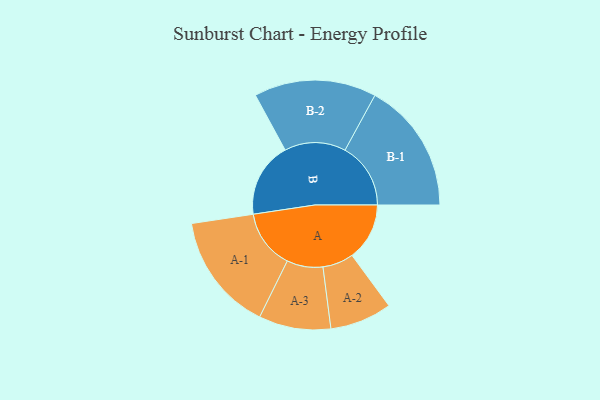
{"axis": {"x": "Segment", "y": "Value"}, "legend": ["", "A", "B"], "data": [{"x": "A", "y": 217, "type": ""}, {"x": "B", "y": 283, "type": ""}, {"x": "A-1", "y": 223, "type": "A"}, {"x": "A-2", "y": 117, "type": "A"}, {"x": "A-3", "y": 136, "type": "A"}, {"x": "B-1", "y": 248, "type": "B"}, {"x": "B-2", "y": 231, "type": "B"}]}